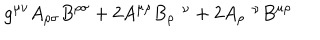
LaTeX: g ^ { \mu \nu } A _ { \rho \sigma } B ^ { \rho \sigma } + 2 A ^ { \mu \rho } B _ { \rho } ^ { \nu } + 2 A _ { \rho } ^ { \nu } B ^ { \mu \rho }